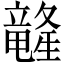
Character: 𲎭